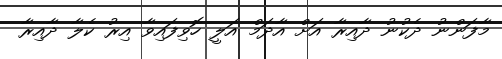
މާފަންނު ދެކުނު ދާއިރާ އަށް އާދަމް އަލީ ހޮވިފައިވާ އިރު ކެލާ ދާއިރާ